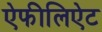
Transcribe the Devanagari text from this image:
ऐफीलिऐट